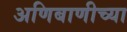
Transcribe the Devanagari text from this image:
अणिबाणीच्या